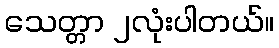
သေတ္တာ ၂လုံးပါတယ်။